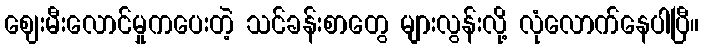
ဈေးမီးလောင်မှုကပေးတဲ့ သင်ခန်းစာတွေ များလွန်းလို့ လုံလောက်နေပါပြီ။